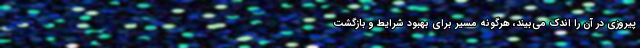
پیروزی در آن را اندک می‌بیند، هرگونه مسیر برای بهبود شرایط و بازگشت